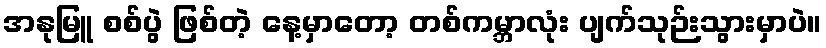
အနုမြူ စစ်ပွဲ ဖြစ်တဲ့ နေ့မှာတော့ တစ်ကမ္ဘာလုံး ပျက်သုဉ်းသွားမှာပဲ။